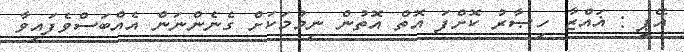
އޭޕީ : ޣައްޒާ ހިޞާރު ކޮށްފަ އޮތް އޮތުން ނިމުމަކަށް ގެނެންނަން އެއްބަސްވެފައިވާ